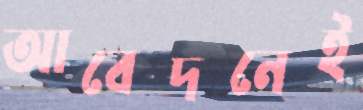
আবেদনেই